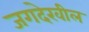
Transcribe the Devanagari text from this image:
जगदेखील